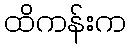
ထိကန်းက